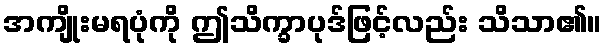
အကျိုးမရပုံကို ဤသိက္ခာပုဒ်ဖြင့်လည်း သိသာ၏။